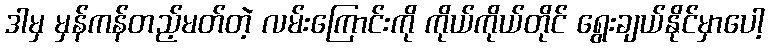
ဒါမှ မှန်ကန်တည့်မတ်တဲ့ လမ်းကြောင်းကို ကိုယ်ကိုယ်တိုင် ရွေးချယ်နိုင်မှာပေါ့